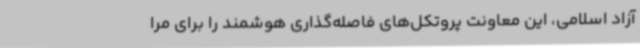
آزاد اسلامی، این معاونت پروتکل‌های فاصله‌گذاری هوشمند را برای مرا